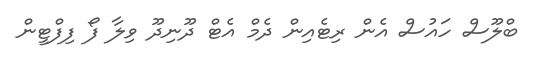
ބްލޫސް ހައުސް އެން ރިޓެއިން ދެމް އެޓް ދޫނިދޫ ވިލާ ފޯ ފިފްޓީން